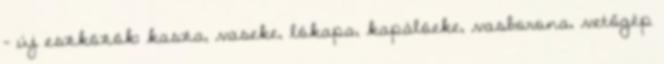
- új eszközök: kasza, vaseke, lókapa, kapálóeke, vasborona, vetőgép